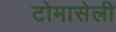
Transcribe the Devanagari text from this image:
टोमासेली